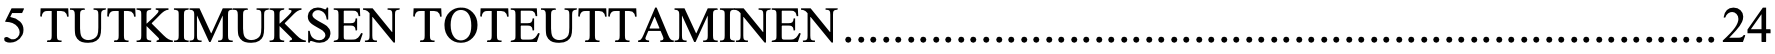
5 TUTKIMUKSEN TOTEUTTAMINEN ...................................................................... 24